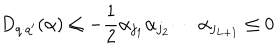
D _ { q \cdot q ^ { \prime } } ( \alpha ) \leq - \frac 1 2 \alpha _ { j _ { 1 } } \alpha _ { j _ { 2 } } \cdots \alpha _ { j _ { L + 1 } } \leq 0